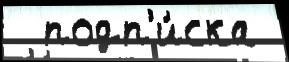
  подп'и́ска